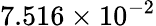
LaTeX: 7.516\times 10^{-2}